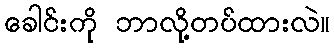
ခေါင်းကို ဘာလို့တပ်ထားလဲ။